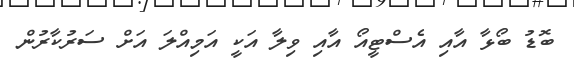
ބޮޑު ބޯޅާ އާއި އެސްޓީއޯ އާއި ވިލާ އަކީ އަމިއްލަ އަށް ސަރުކާރުން